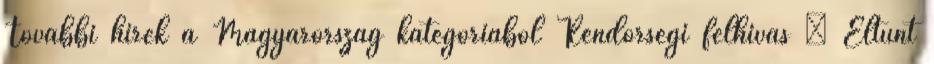
További hírek a Magyarország kategóriából Rendőrségi felhívás – Eltűnt